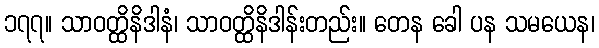
၁၇၇။ သာဝတ္ထိနိဒါနံ၊ သာဝတ္ထိနိဒါန်းတည်း။ တေန ခေါ ပန သမယေန၊